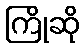
ကြိုဆို